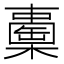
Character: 𣞈